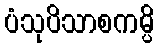
ပံသုပိသာစကမ္ပိ